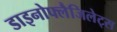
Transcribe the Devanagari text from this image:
डाइनोफ्लैजिलेट्स